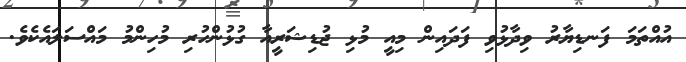
އުއްތަމަ ފަނޑިޔާރު ވިދާޅުވި ފަދައިން މިއީ މުޅި ޖުޑިޝަރީއާ ގުޅުންހުރި މުހިންމު މައްސަލައެކެވެ.